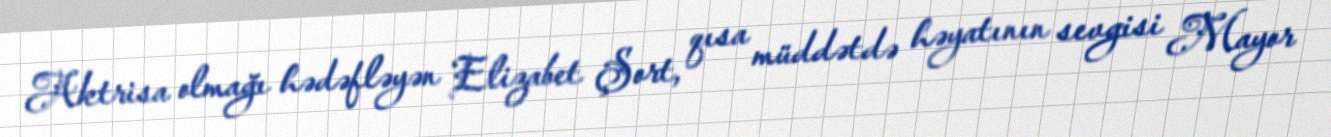
Aktrisa olmağı hədəfləyən Elizabet Şort, qısa müddətdə həyatının sevgisi Mayor